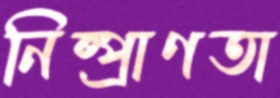
নিষ্প্রাণতা